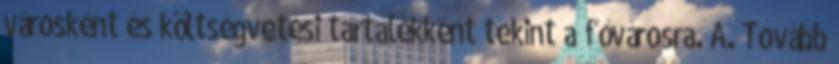
városként és költségvetési tartalékként tekint a fővárosra. A. Tovább